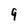
Character: 9